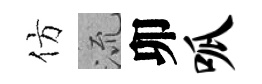
仿𣴑卯呱